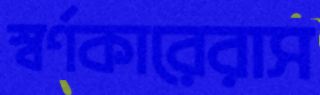
স্বর্ণকারেরাস